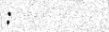
: